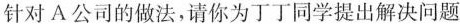
针对A公司的做法，请你为丁丁同学提出解决问题